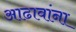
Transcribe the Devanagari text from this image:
आढावांना